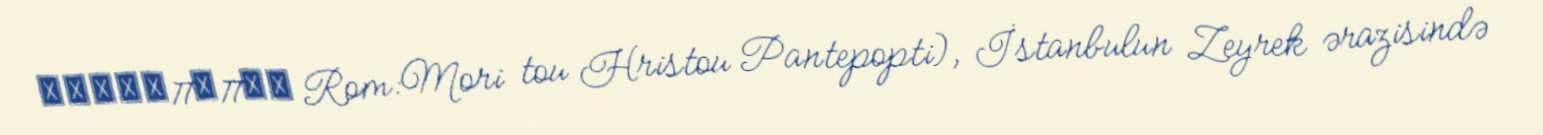
Παντεπόπτη Rom:Mori tou Hristou Pantepopti), İstanbulun Zeyrek ərazisində